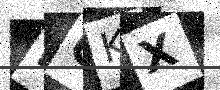
Text: NGKX